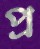
প্র